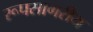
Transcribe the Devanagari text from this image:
रूपसागरीय